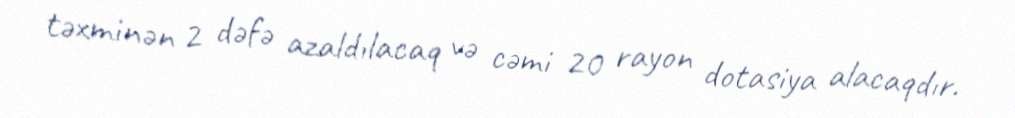
təxminən 2 dəfə azaldılacaq və cəmi 20 rayon dotasiya alacaqdır.